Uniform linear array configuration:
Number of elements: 24
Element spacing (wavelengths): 1
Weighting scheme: uniform
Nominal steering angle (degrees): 30
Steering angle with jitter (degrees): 31.867
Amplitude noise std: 0.05
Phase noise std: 0.05

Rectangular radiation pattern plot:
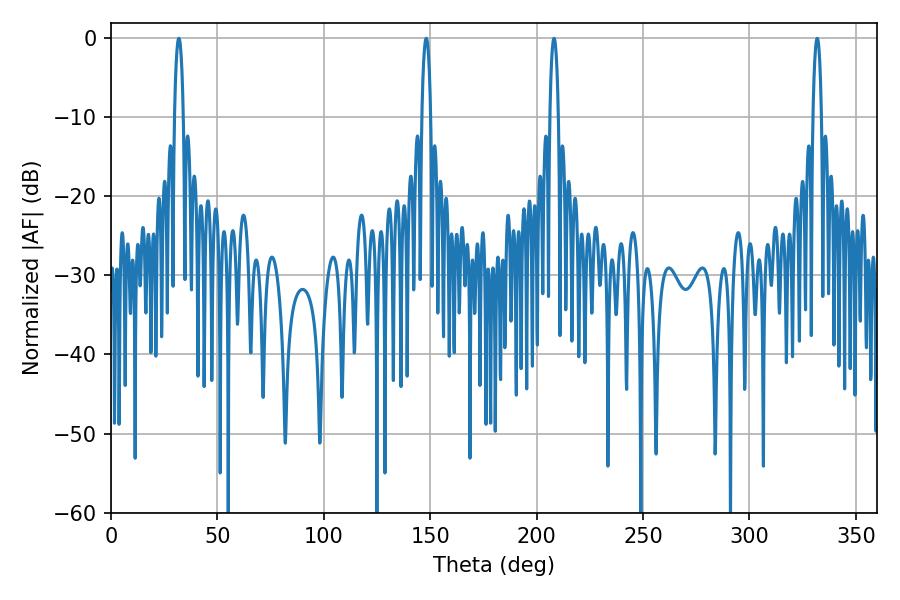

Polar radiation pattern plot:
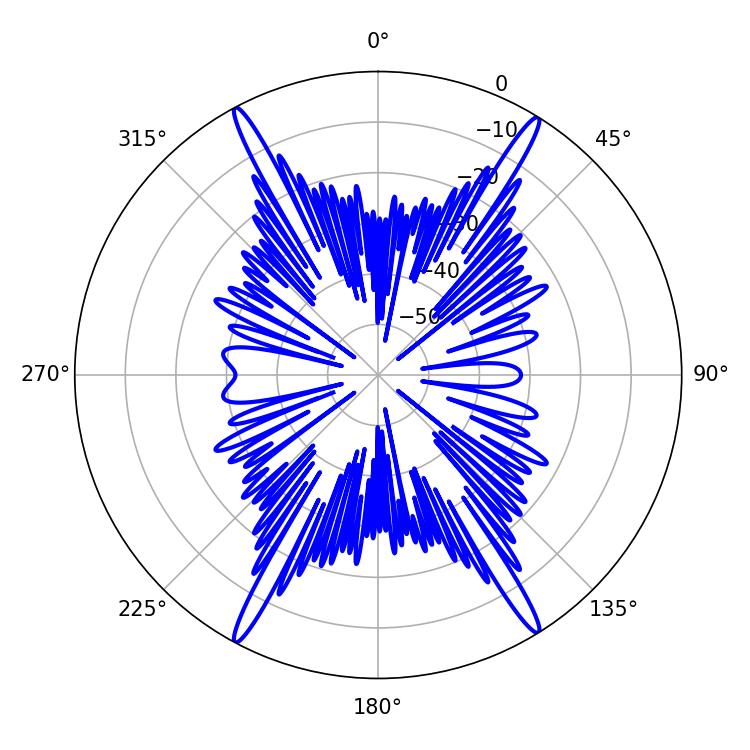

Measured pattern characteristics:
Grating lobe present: TRUE
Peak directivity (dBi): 24.228
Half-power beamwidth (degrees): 2.16
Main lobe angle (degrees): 31.86